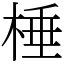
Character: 棰